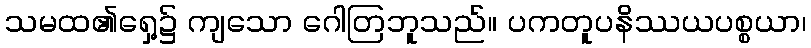
သမထ၏ရှေ့၌ ကျသော ဂေါတြဘူသည်။ ပကတူပနိဿယပစ္စယာ၊